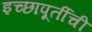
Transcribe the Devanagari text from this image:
इच्छापूर्तीची